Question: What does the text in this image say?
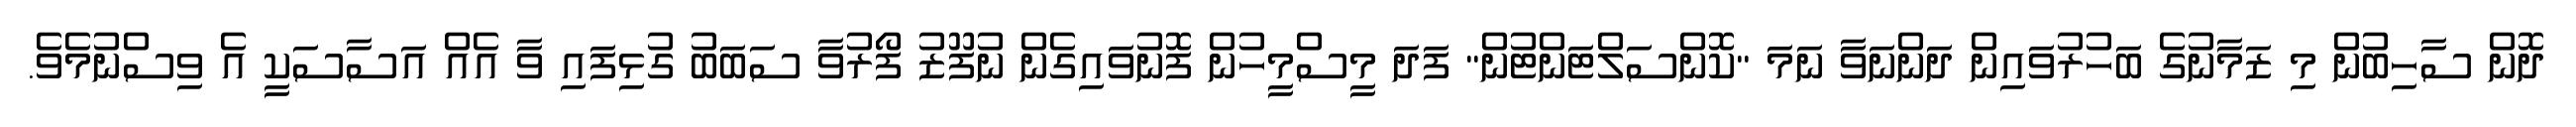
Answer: ދޮން ސާހިބުން މި ޒަމާނުގެ ބަހުރުވައިން ދަންނަވާ ނަމަ "ކޮންސަލްޓަންޓުން" ފަދަ މީސްމީހުން ފޮނުވައިގެން ނުފޫޒު ފޯރުވާ ސަބަބު ގުޅިފައި ވާ އެއް އަސާސަކީ އެ ވިސްނުމެވެ.